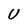
Character: U